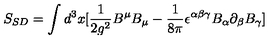
S _ { S D } = \int d ^ { 3 } x [ \frac { 1 } { 2 g ^ { 2 } } B ^ { \mu } B _ { \mu } - \frac { 1 } { 8 \pi } \epsilon ^ { \alpha \beta \gamma } B _ { \alpha } \partial _ { \beta } B _ { \gamma } ]